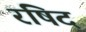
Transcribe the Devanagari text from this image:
रषिद